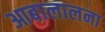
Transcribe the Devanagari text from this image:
आबालालना